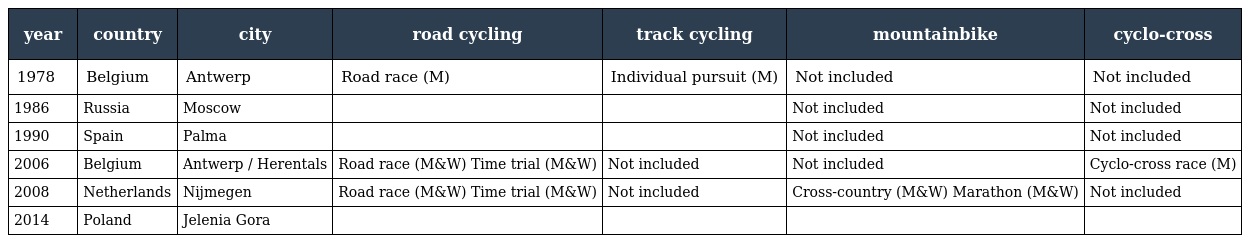
| year | country | city | road cycling | track cycling | mountainbike | cyclo-cross |
 | --- | --- | --- | --- | --- | --- | --- |
 | 1978 | Belgium | Antwerp | Road race (M) | Individual pursuit (M) | Not included | Not included |
 | 1986 | Russia | Moscow |  |  | Not included | Not included |
 | 1990 | Spain | Palma |  |  | Not included | Not included |
 | 2006 | Belgium | Antwerp / Herentals | Road race (M&W) Time trial (M&W) | Not included | Not included | Cyclo-cross race (M) |
 | 2008 | Netherlands | Nijmegen | Road race (M&W) Time trial (M&W) | Not included | Cross-country (M&W) Marathon (M&W) | Not included |
 | 2014 | Poland | Jelenia Gora |  |  |  |  |